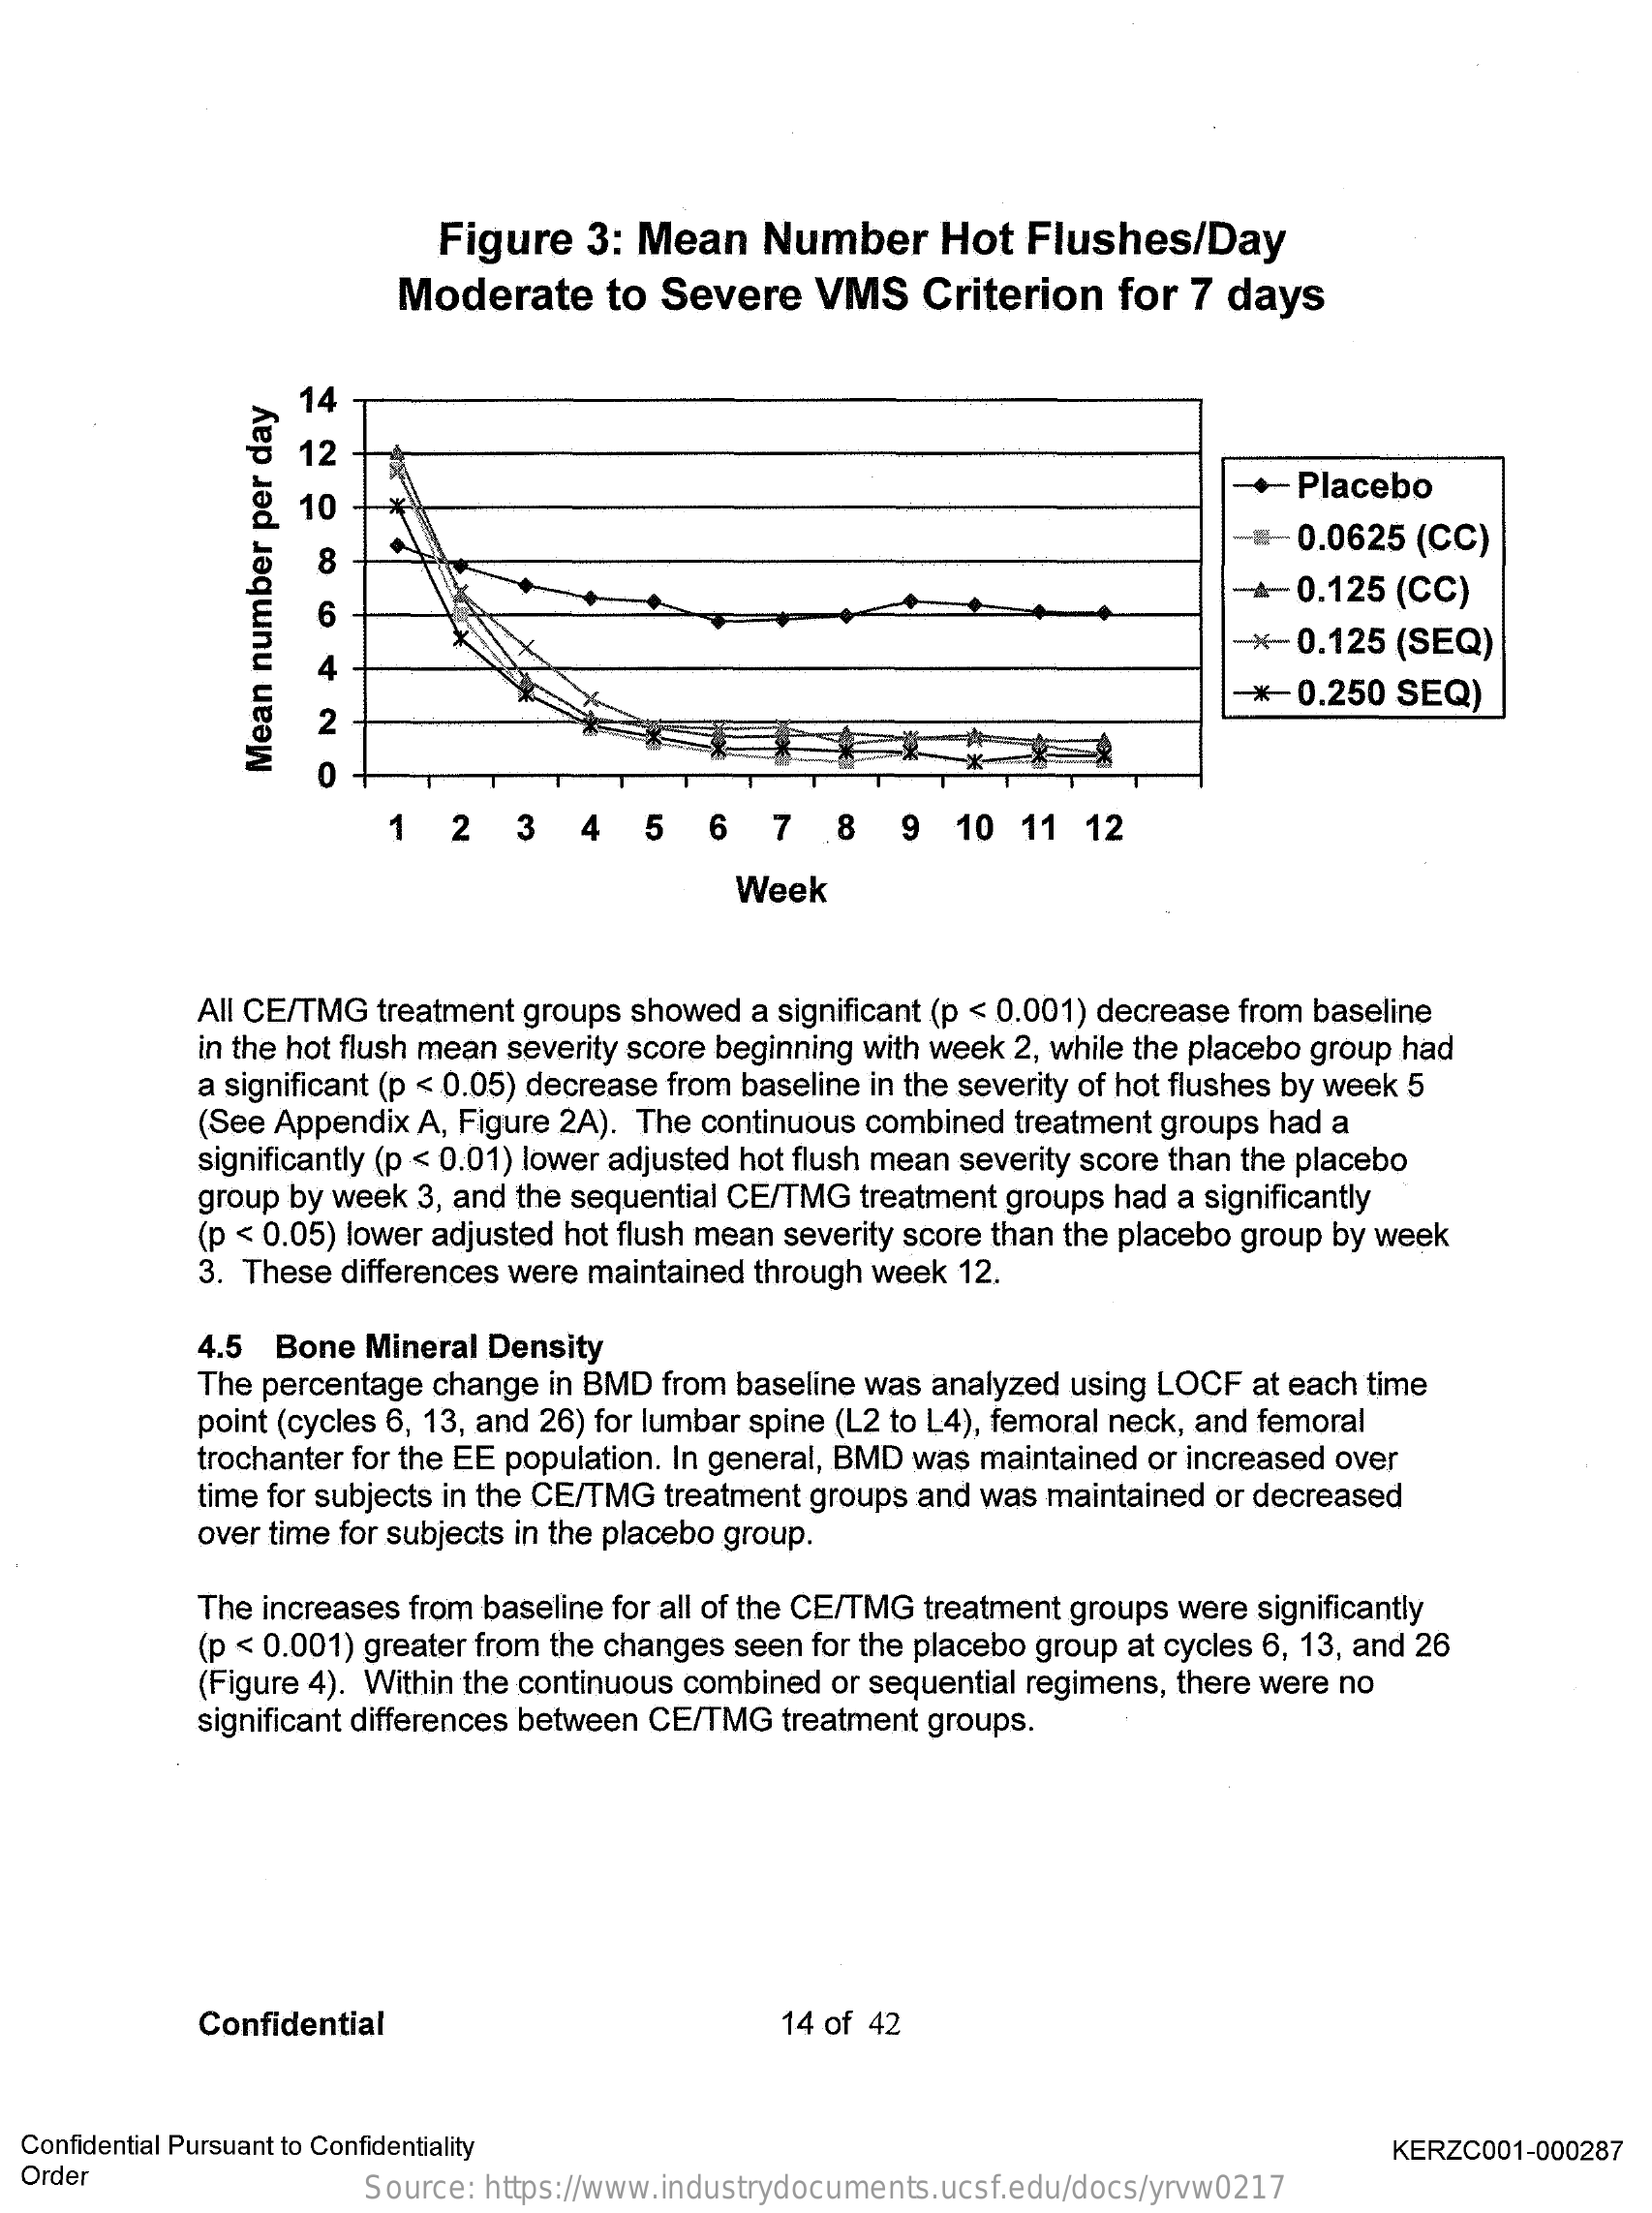
Figure   3: Mean   Number    Hot  Flushes/Day
     Moderate    to Severe   VMS    Criterion  for  7 days
     14
     12
     10    +Placebo
     8
     0.0625 (CC)
     6
     -0.125    (CC)
     *0.125  (SEQ)
     -*  0.250 SEQ)
     2
     0
     Mean
     number
     per
     day
     1   2   3  4   5   6   7   8   9  10  11  12
     Week
     All CE/TMG treatment groups showed a significant (p < 0.001) decrease from baseline
     in the hot flush mean severity score beginning with week 2, while the placebo group had
     a significant (p < 0.05) decrease from baseline in the severity of hot flushes by week 5
     (See Appendix A, Figure 2A). The continuous combined treatment groups had a
     significantly (p < 0.01) lower adjusted hot flush mean severity score than the placebo
     group by week 3, and the sequential CE/TMG treatment groups had a significantly
     (p < 0.05) lower adjusted hot flush mean severity score than the placebo group by week
     3. These differences were maintained through week 12.
     4.5 Bone  Mineral Density
     The percentage change in BMD from baseline was analyzed using LOCF at each time
     point (cycles 6, 13, and 26) for lumbar spine (L2 to L4), femoral neck, and femoral
     trochanter for the EE population. In general, BMD was maintained or increased over
     time for subjects in the CE/TMG treatment groups and was maintained or decreased
     over time for subjects in the placebo group.
     The increases from baseline for all of the CE/TMG treatment groups were significantly
     (p < 0.001) greater from the changes seen for the placebo group at cycles 6, 13, and 26
     (Figure 4). Within the continuous combined or sequential regimens, there were no
     significant differences between CE/TMG treatment groups.
     Confidential    14 of 42
  Confidential Pursuant to Confidentiality
  Order
     KERZC001-000287
     Source: https://www.industrydocuments.ucsf.edu/docs/yrvw0217